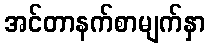
အင်တာနက်စာမျက်နှာ